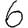
Digit: 6